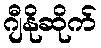
ဂျီနိုဆိုက်